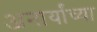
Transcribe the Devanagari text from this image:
अनार्यांच्या